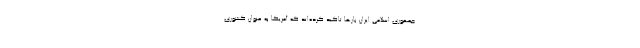
جمهوری اسلامی ایران بارها تاکید کرده‌اند که آمریکا به عنوان کشوری